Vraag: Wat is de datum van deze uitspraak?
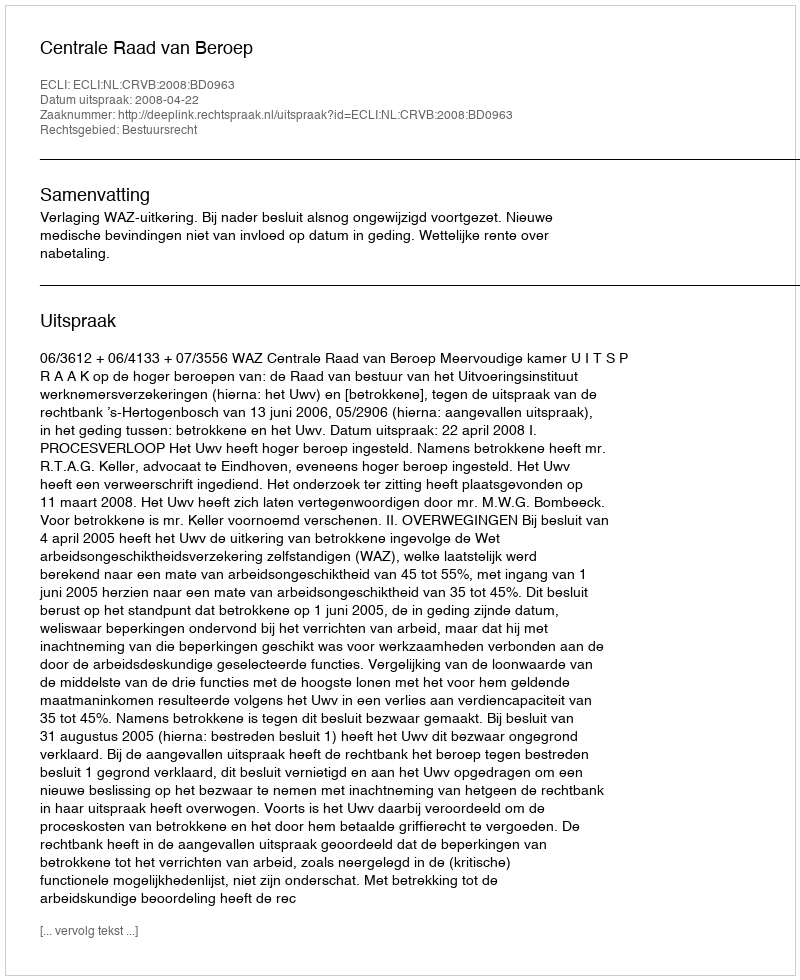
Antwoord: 2008-04-22